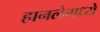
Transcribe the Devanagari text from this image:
हानलेमध्ये